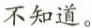
不知道。